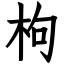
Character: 枸